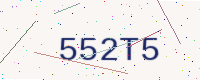
Text: 552T5